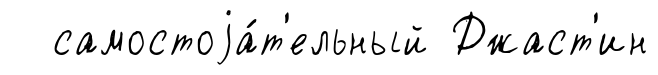
самостоjа́т'ельный Джаст'ин